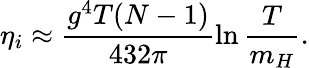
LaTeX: \eta_{i}\approx\frac{g^{4}T(N-1)}{432\pi}\ln\frac T{m_{H}}.